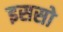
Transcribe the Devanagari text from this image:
इससो